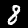
Digit: 8